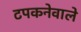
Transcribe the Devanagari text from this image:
टपकनेवाले